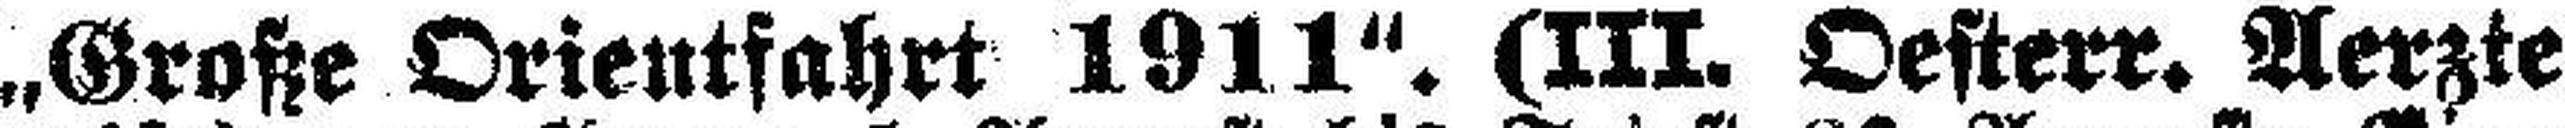
„Große Orientfahrt 1911". (III. Oesterr. Aerzte¬